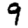
Digit: 9